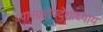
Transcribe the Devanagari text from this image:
ध्यानग्रहोपदेशाध्याय